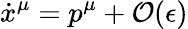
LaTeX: \dot{x}^{\mu}=p^{\mu}+\mathcal{O}(\epsilon)